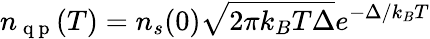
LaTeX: n_{\mathrm{~q~p~}}(T)=n_{s}(0)\sqrt{2\pi k_{B}T\Delta}e^{-\Delta/k_{B}T}